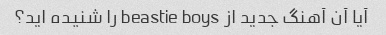
آیا آن آهنگ جدید از beastie boys را شنیده اید؟